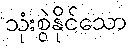
သုံးစွဲနိုင်သော